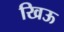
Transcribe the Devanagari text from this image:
खिऊ